Mental hospitals Bombay report 1921-28 - 1921-1928
Year: 1921
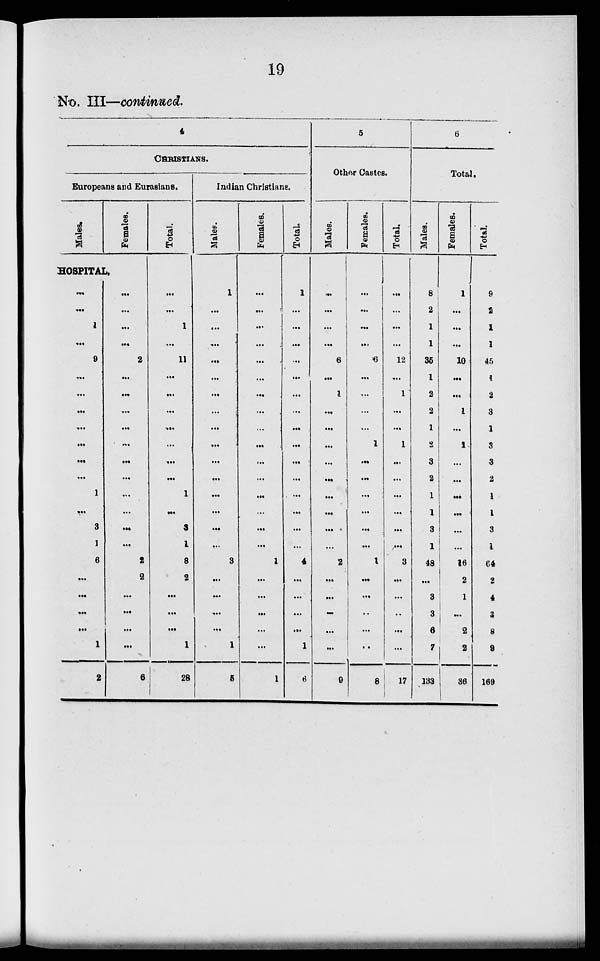
19
No. III—continued.
4
CHRISTIANS.
Europeans and Eurasians.
Males.
Females.
HOSPITAL.
...
...
1
...
9
...
....
...
....
...
...
...
1
...
3
1
6
...
...
...
...
1
22
...
...
...
...
2
...
...
...
...
...
...
...
...
...
...
...
2
2
...
...
...
...
6
Total.
...
...
1
...
11
...
...
...
....
...
....
...
1
...
3
1
8
2
...
...
...
1
28
Indian Christians.
Males.
1
...
...
...
...
...
...
...
...
...
...
...
...
...
...
...
3
...
...
...
...
1
5
Females.
...
...
...
...
...
...
...
...
...
...
...
...
...
...
...
...
1
...
...
...
...
...
1
Total.
1
...
...
...
...
...
...
...
...
...
...
...
...
...
...
...
4
...
...
...
...
1
6
5
Other Castes.
Males.
...
...
...
...
6
...
1
...
...
...
...
...
...
...
...
...
2
...
...
...
...
...
9
Females.
...
...
...
...
6
...
...
...
...
1
...
...
...
...
...
...
1
...
...
..
...
..
8
Total.
...
...
...
...
12
...
1
...
...
1
...
...
...
...
...
...
3
...
...
..
...
...
17
6
Total.
Males.
8
2
1
1
35
1
2
2
1
2
3
2
1
1
3
1
48
...
3
3
6
7
133
Females.
1
...
...
...
10
...
...
1
...
1
...
...
...
...
...
...
16
2
1
...
2
2
36
Total.
9
2
1
1
45
1
2
3
1
3
3
2
1
1
3
1
64
2
4
3
8
9
169